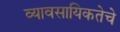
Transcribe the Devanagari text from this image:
व्यावसायिकतेचे